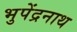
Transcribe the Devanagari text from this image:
भुपेंद्रनाथ